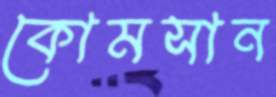
কোমসান